Sketch of the medical history of the native army of Bombay, for the year
Year: 1876
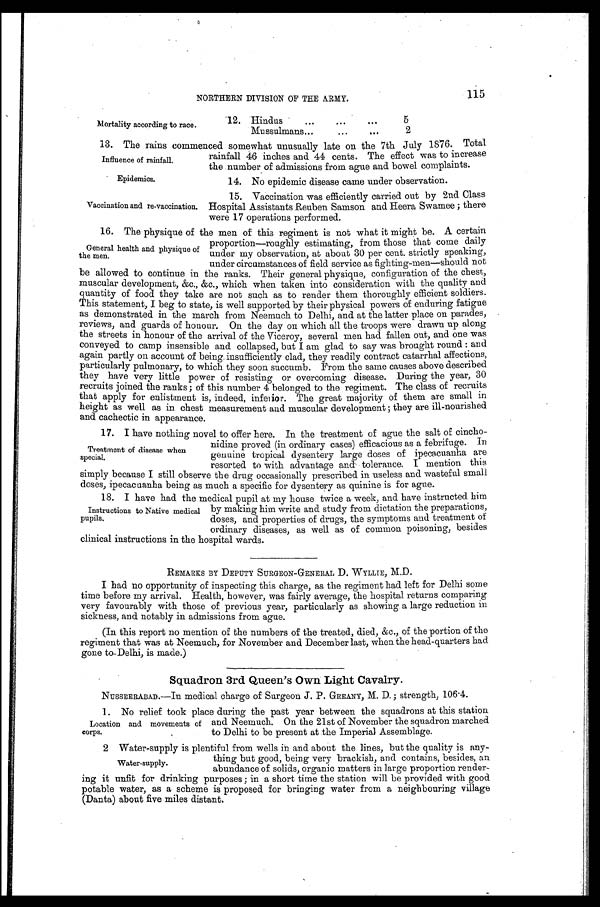
Epidemics.
Vaccination and re-vaccination.
115
NORTHERN DIVISION OF THE ARMY.
Mortality according to race.
12. Hindus . . .
5
Mussulmans . . .
2
13. The rains commenced somewhat unusually late on the 7th July 1876. Total
rainfall 46 inches and 44 cents. The effect was to increase
the number of admissions from ague and bowel complaints.
Influence of rainfall.
14. No epidemic disease came under observation.
15. Vaccination was efficiently carried out by 2nd Class
Hospital Assistants Reuben Samson and Heera Swamee; there
were 17 operations performed.
16. The physique of the men of this regiment is not what it might be. A certain
proportion—roughly estimating, from those that come daily
under my observation, at about 30 per cent. strictly speaking,
under circumstances of field service as fighting-men—should not
be allowed to continue in the ranks. Their general physique, configuration of the chest,
muscular development, &c., &c., which when taken into consideration with the quality and
quantity of food they take are not such as to render them thoroughly efficient soldiers.
This statement, I beg to state, is well supported by their physical powers of enduring fatigue
as demonstrated in the march from Neemuch to Delhi, and at the latter place on parades,
reviews, and guards of honour. On the day on which all the troops were drawn up along
the streets in honour of the arrival of the Viceroy, several men had fallen out, and one was
conveyed to camp insensible and collapsed, but I am glad to say was brought round: and
again partly on account of being insufficiently clad, they readily contract catarrhal affections,
particularly pulmonary, to which they soon succumb. From the same causes above described
they have very little power of resisting or overcoming disease. During the year, 30
recruits joined the ranks; of this number 4 belonged to the regiment. The class of recruits
that apply for enlistment is, indeed, inferior. The great majority of them are small in
height as well as in chest measurement and muscular development; they are ill-nourished
and cachectic in appearance.
17. I have nothing novel to offer here. In the treatment of ague the salt of cincho
-nidine proved (in ordinary cases) efficacious as a febrifuge. In
genuine tropical dysentery large doses of ipecacuanha are
resorted to with advantage and tolerance. I mention this
simply because I still observe the drug occasionally prescribed in useless and wasteful small
doses, ipecacuanha being as much a specific for dysentery as quinine is for ague.
18. I have had the medical pupil at my house twice a week, and have instructed him
by making him write and study from dictation the preparations,
doses, and properties of drugs, the symptoms and treatment of
ordinary diseases, as well as of common poisoning, besides
clinical instructions in the hospital wards.
REMARKS BY DEPUTY SURGEON-GENERAL D. WYLLIE, M.D.
I had no opportunity of inspecting this charge, as the regiment had left for Delhi some
time before my arrival. Health, however, was fairly average, the hospital returns comparing
very favourably with those of previous year, particularly as showing a large reduction in
sickness, and notably in admissions from ague.
(In this report no mention of the numbers of the treated, died, &c., of the portion of the
regiment that was at Neemuch, for November and December last, when the head-quarters had
gone to Delhi, is made.)
Squadron 3rd Queen's Own Light Cavalry.
NUSSEERABAD.—In medical charge of Surgeon J. P. GREANY, M. D. ; strength, 106.4.
1. No relief took place during the past year between the squadrons at this station
and Neemuch. On the 21st of November the squadron marched
to Delhi to be present at the Imperial Assemblage.
General health and physique of
the men.
Treatment of disease when
special.
Instructions to Native medical
pupils.
Location and movements of
corps.
2 Water-supply is plentiful from wells in and about the lines, but the quality is any--
thing but good, being very brackish, and contains, besides, an
abundance of solids, organic matters in large proportion render--
ing it unfit for drinking purposes; in a short time the station will be provided with good
potable water, as a scheme is proposed for bringing water from a neighbouring village
(Danta) about five miles distant.
Water-supply.